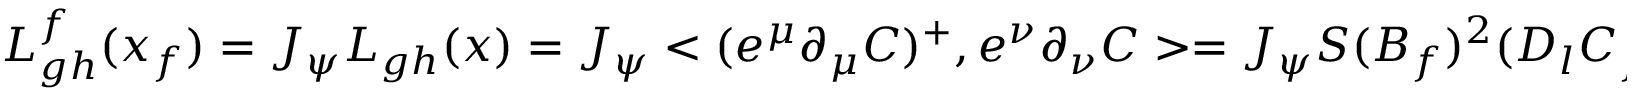
L _ { g h } ^ { f } ( x _ { f } ) = J _ { \psi } L _ { g h } ( x ) = J _ { \psi } < ( e ^ { \mu } \partial _ { \mu } C ) ^ { + } , e ^ { \nu } \partial _ { \nu } C > = J _ { \psi } S ( B _ { f } ) ^ { 2 } ( D _ { l } C _ { f } ) ^ { + } D _ { l } C _ { f } .